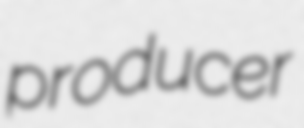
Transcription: producer